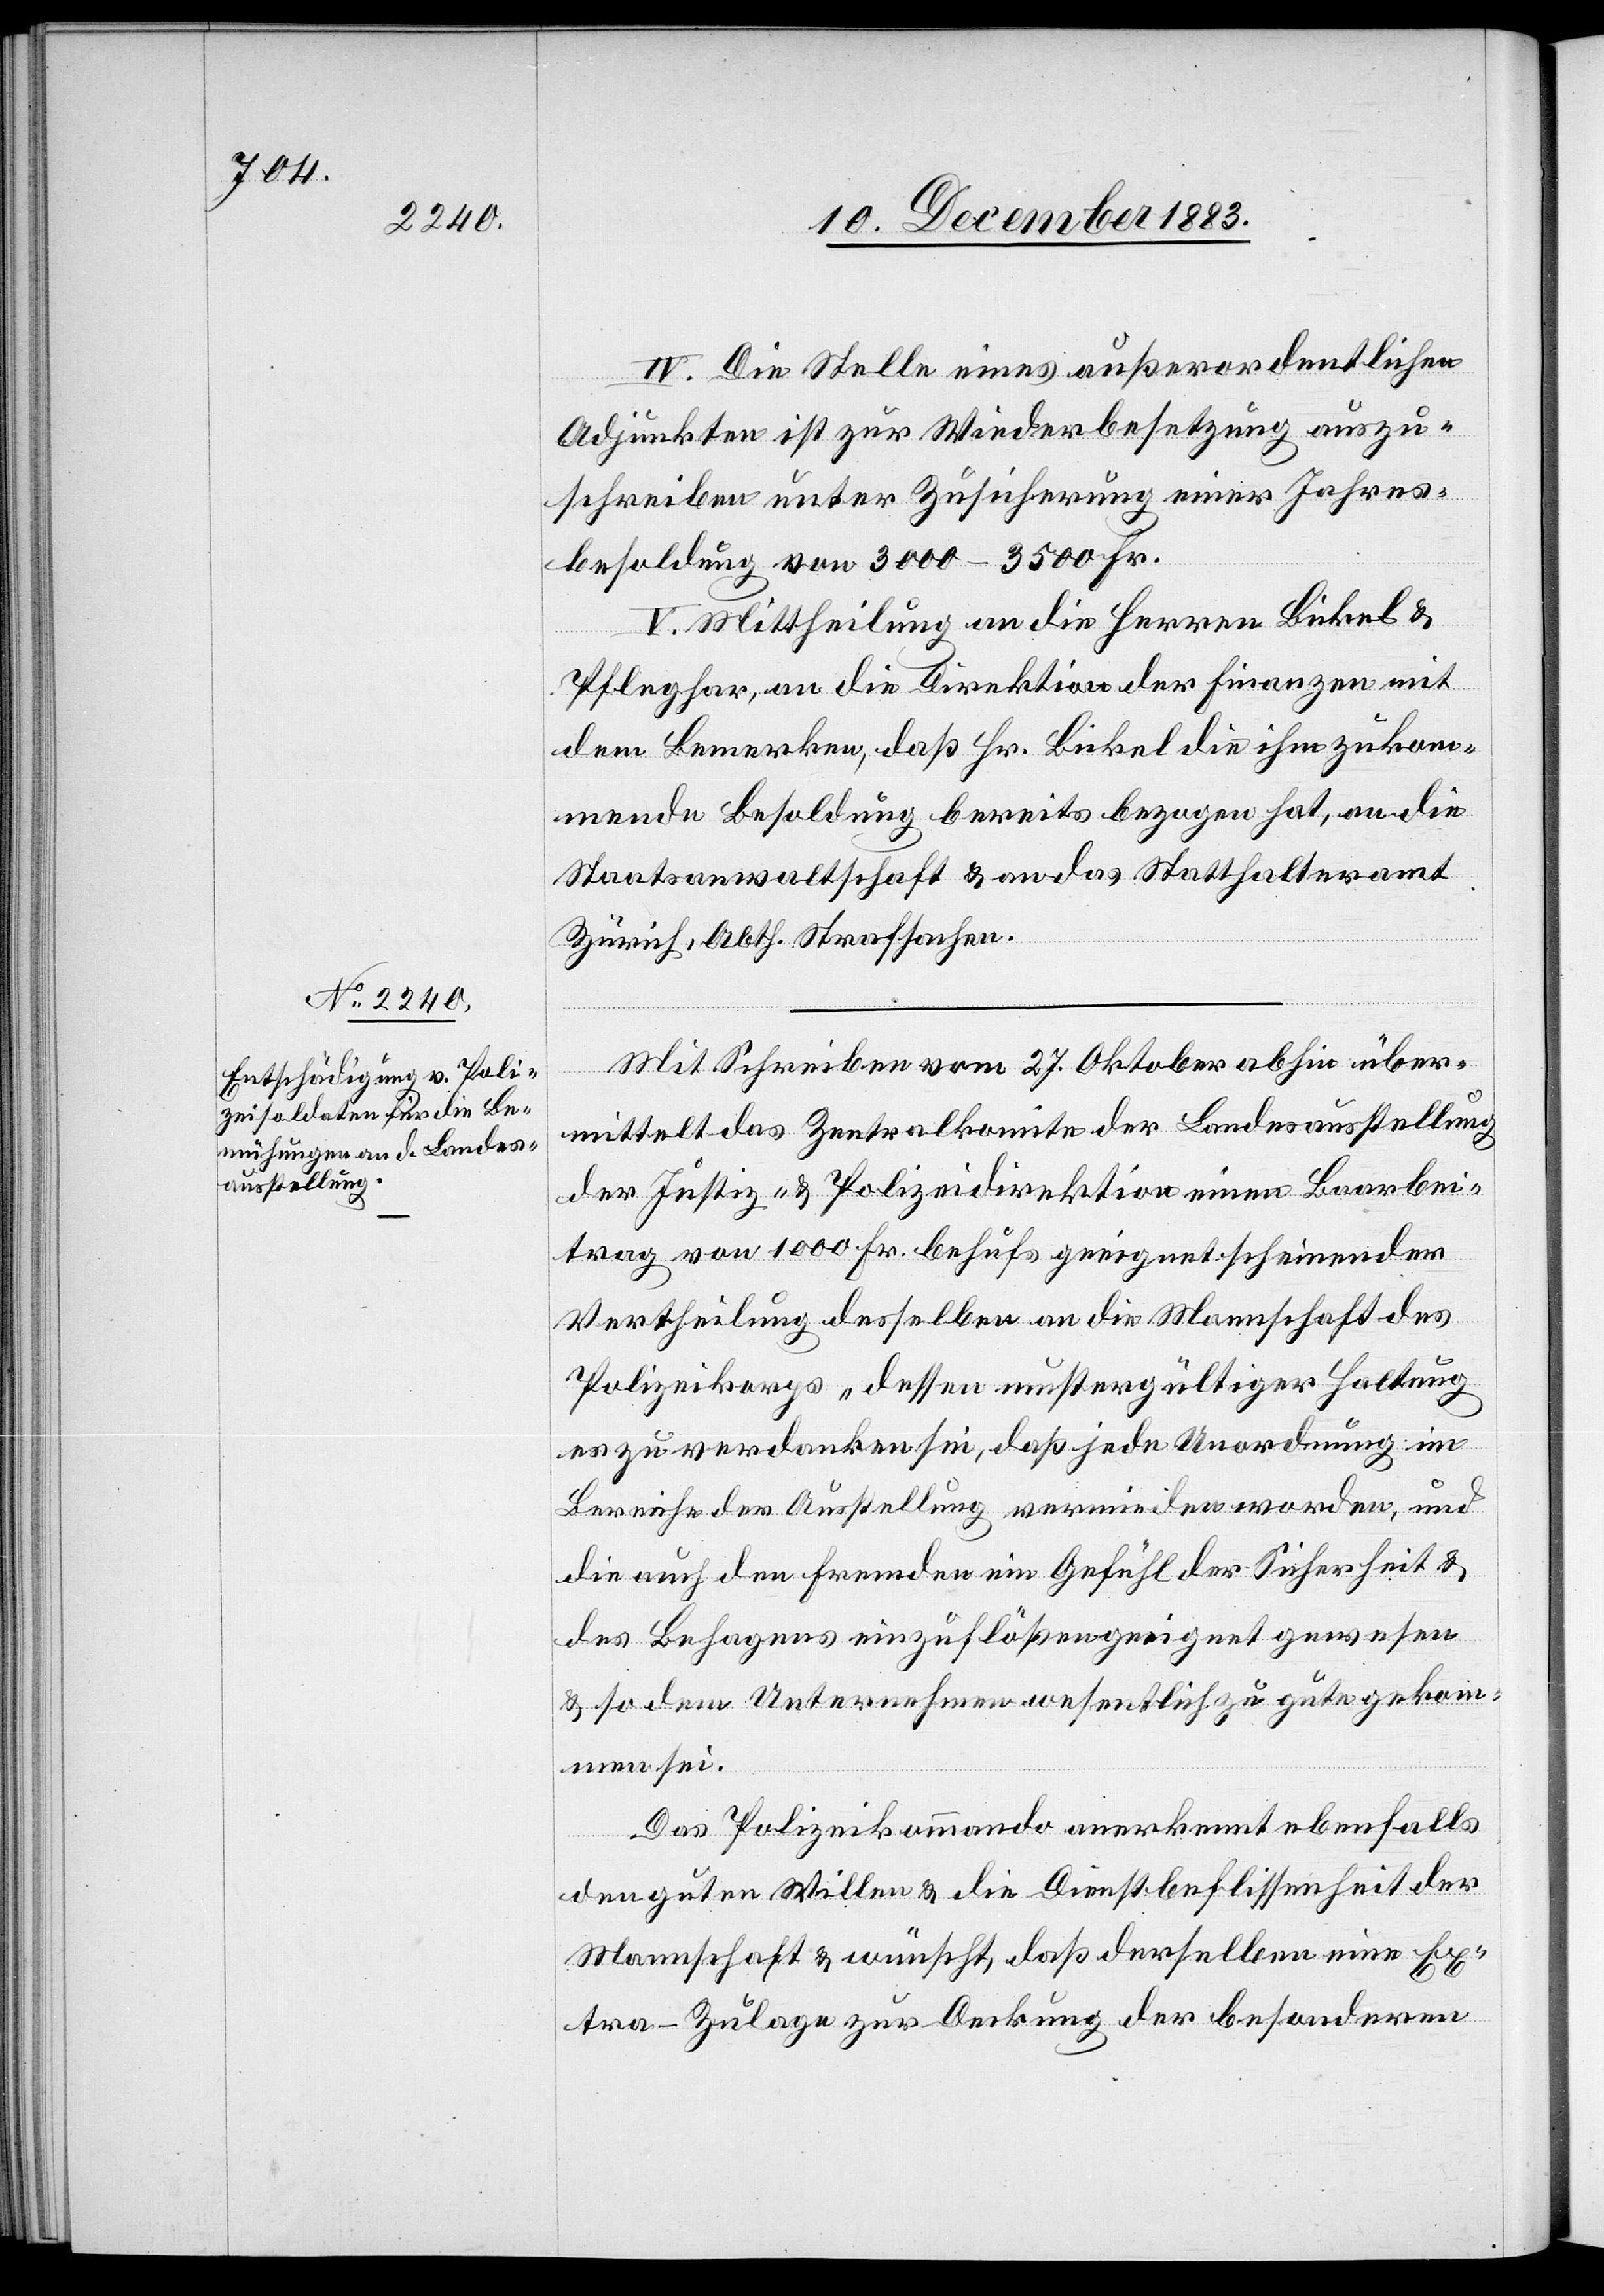
IV. Die Stelle eines außerordentlichen
Adjunkten ist zur Wiederbesetzung auszu¬
schreiben unter Zusicherung einer Jahres¬
besoldung von 3000–3500 Fr.
V. Mittheilung an die Herren Bickel &
Pfleghar, an die Direktion der Finanzen mit
dem Bemerken, daß Hr. Bickel die ihm zukom¬
mende Besoldung bereits bezogen hat, an die
Staatsanwaltschaft & an das Statthalteramt
Zürich, Abth. Strafsachen.
Mit Schreiben vom 27. Oktober abhin über¬
mittelt das Zentralkomite der Landesausstellung
der Justiz- & Polizeidirektion einen Baarbei¬
trag von 1000 Fr. behufs geeignet scheinender
Vertheilung desselben an die Mannschaft des
Polizeikorps, dessen mustergültiger Haltung
es zu verdanken sei, daß jede Unordnung im
Bereiche der Ausstellung vermieden worden, und
die auch den Fremden ein Gefühl der Sicherheit &
des Behagens einzuflößen geeignet gewesen
& so dem Unternehmen wesentlich zu gute gekom¬
men sei.
Das Polizeikommando anerkennt ebenfalls
den guten Willen & die Dienstbeflissenheit der
Mannschaft & wünscht, daß derselben eine Ex¬
tra-Zulage zur Deckung der besonderen